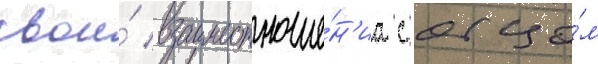
свои́ взаимоотноше́н'иа с отцо́м